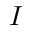
I